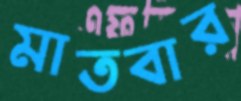
মাতবার